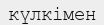
күлкімен